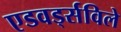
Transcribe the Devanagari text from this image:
एडवर्ड्सविले